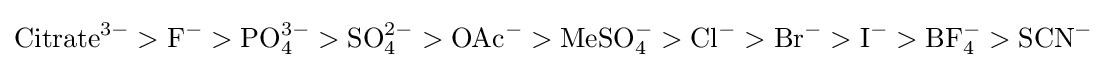
\mathrm {Citrate^{3-}>F^{-}>PO_{4}^{3-}>SO_{4}^{2-}>OAc^{-}>MeSO_{4}^{-}>Cl^{-}>Br^{-}>I^{-}>BF_{4}^{-}>SCN^{-}}